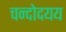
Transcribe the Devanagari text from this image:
चन्दोदयय